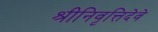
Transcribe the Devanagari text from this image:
श्रीनिवृत्तिदेवे